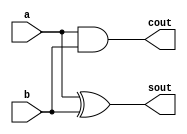
`timescale 1ns / 1ps


module halfadder_d(
    input a,b ,
    output sout,cout
    );
    
    assign sout = a^b ;
    assign cout = a&b ;
endmodule